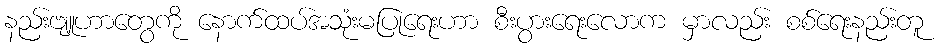
နည်းဗျူဟာတွေကို နောက်ထပ်အသုံးမပြုရေးဟာ စီးပွားရေးလောက မှာလည်း စစ်ရေးနည်းတူ